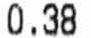
0.38